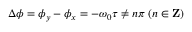
\Delta \phi = \phi _ { y } - \phi _ { x } = - \omega _ { 0 } \tau \neq n \pi \; ( n \in \mathbf { Z } )